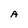
Character: A